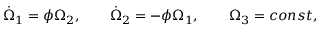
\begin{array} { r } { \dot { \Omega } _ { 1 } = \phi \Omega _ { 2 } , \qquad \dot { \Omega } _ { 2 } = - \phi \Omega _ { 1 } , \qquad \Omega _ { 3 } = c o n s t , } \end{array}